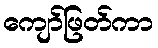
ကျော်ဖြတ်ကာ